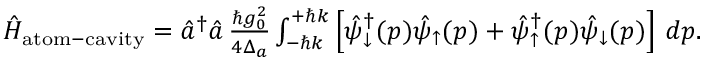
\begin{array} { r } { \hat { H } _ { \mathrm { a t o m - c a v i t y } } = \hat { a } ^ { \dagger } \hat { a } \, \frac { \hbar g _ { 0 } ^ { 2 } } { 4 \Delta _ { a } } \int _ { - \hbar k } ^ { + \hbar k } \left[ \hat { \psi } _ { \downarrow } ^ { \dagger } ( p ) \hat { \psi } _ { \uparrow } ( p ) + \hat { \psi } _ { \uparrow } ^ { \dagger } ( p ) \hat { \psi } _ { \downarrow } ( p ) \right] \, d p . } \end{array}